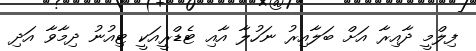
ފިލްމީ ދާއިރާ އަށް ބަލާއިރު ނަހުލާ އާއި ޓެޑްރީއަކީ ޓިއުނު ދިމާވާ އަދި